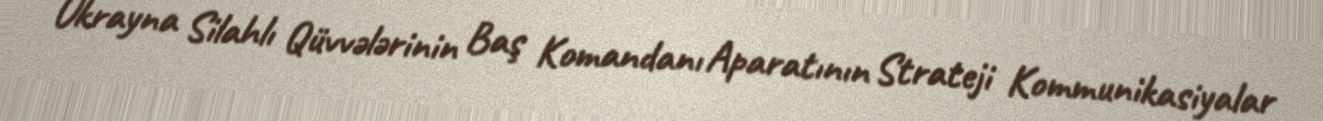
Ukrayna Silahlı Qüvvələrinin Baş Komandanı Aparatının Strateji Kommunikasiyalar